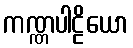
ကဏ္ဏပါဠိယော